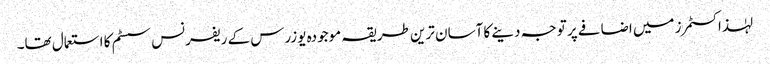
لہٰذا کسٹمرز میں اضافے پر توجہ دینے کا آسان ترین طریقہ موجودہ یوزرس کے ریفرنس سسٹم کا استعمال تھا۔